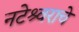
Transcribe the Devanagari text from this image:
नटेश्र्वराचे